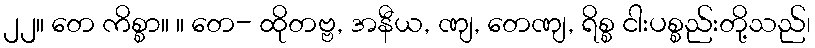
၂၂။ တေ ကိစ္စာ။ ။ တေ- ထိုတဗ္ဗ, အနီယ, ဏျ, တေဏျ, ရိစ္စ ငါးပစ္စည်းတို့သည်၊